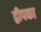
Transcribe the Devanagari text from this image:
द्वीपका